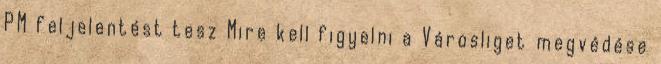
PM feljelentést tesz Mire kell figyelni a Városliget megvédése